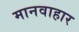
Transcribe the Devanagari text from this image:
मानवाहार